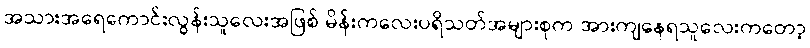
အသားအရေကောင်းလွန်းသူလေးအဖြစ် မိန်းကလေးပရိသတ်အများစုက အားကျနေရသူလေးကတော့